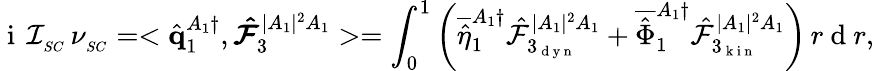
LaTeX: \mathrm{~i~}\, \mathcal{I}_{_{SC}}\, \nu_{_{SC}}=<\hat{\mathbf{q}}_{1}^{A_{1}\dagger},\boldsymbol{\hat{\mathcal{F}}}_{3}^{|A_{1}|^{2}A_{1}}>=\int_{0}^{1}\left(\overline{{\hat{\eta}}}_{1}^{A_{1}\dagger}\hat{\mathcal{F}}_{3_{\mathrm{~d~y~n~}}}^{|A_{1}|^{2}A_{1}}+\overline{{\hat{\Phi}}}_{1}^{A_{1}\dagger}\hat{\mathcal{F}}_{3_{\mathrm{~k~i~n~}}}^{|A_{1}|^{2}A_{1}}\right)\, r\mathrm{~d~}r,